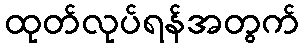
ထုတ်လုပ်ရန်အတွက်